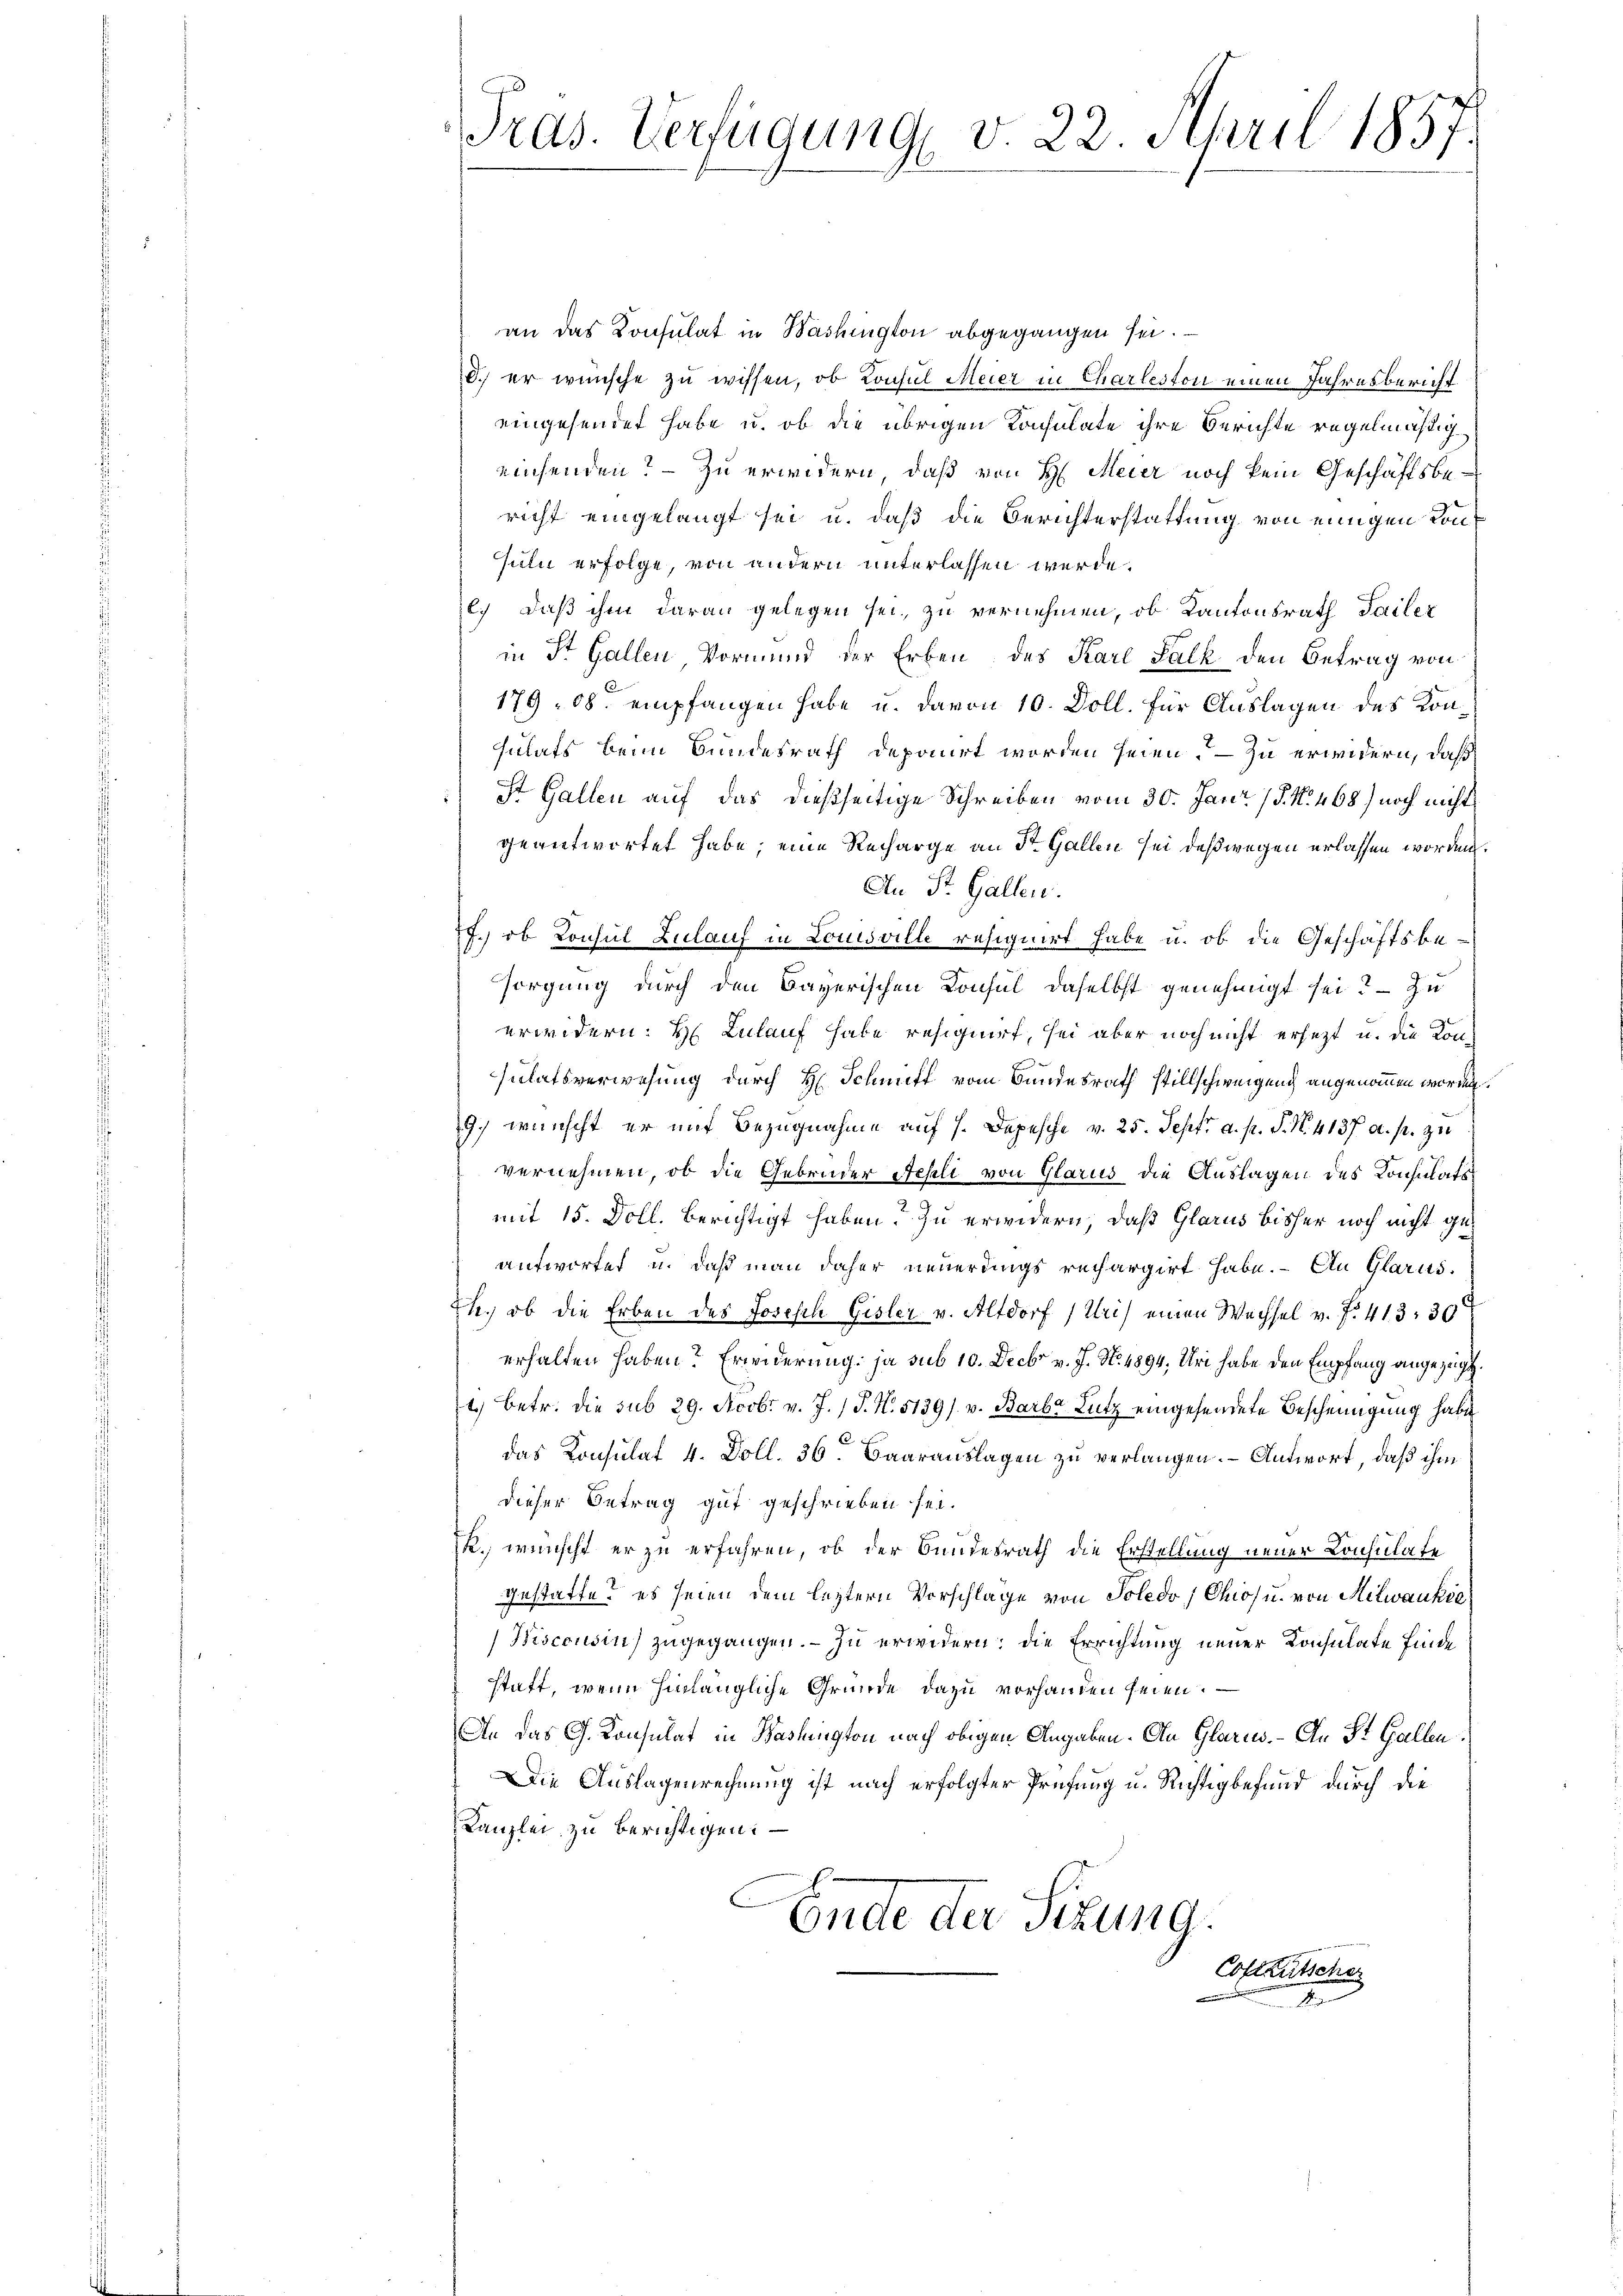
Pras. Verfügung v. 22. April 1857.

an das Konsulat in Washington abgegangen sei.
d. er wünsche zu wissen, ob Consul Meier in Charleston einen Jahresbericht
eingesendet habe u. ob die übrigen Konsulate ihre Berichte regelmäßigeinsenden? – Zu erwidern, daß von H. Meier noch kein Geschäftsbericht eingelangt sei u. daß die Berichterstattung von einigen Konsuln erfolge, von andern unterlassen werde.
e.) Daß ihm daran gelegen sei, zu vernehmen, ob Kantonsrath Sailer
in St. Gallen Vormund der Erben des Karl Falk den Betrag von
179. 08. empfangen habe u. davon 10. Doll. für Auslagen des Konsulats beim Bundesrath deponirt worden seien. — Zu erwidern, daß
St. Gallen auf das dießseitige Schreiben vom 30. Jan (§. N. 468) noch nicht
geantwortet habe; eine Recharge an St. Gallen sei deßwegen erlassen worden.
An St. Gallen.
77.) ob Konsul Zulauf in Louisville resignirt habe u. ob die Geschäftsbesorgung durch den Bayerischen Konsul daselbst genehmigt sei? – Zu
erwidern: H Zulauf habe resignirt, sei aber noch nicht ersetzt u. die Konsulatsverwesung durch H. Schnitt vom Bundesrath stillschweigung angenommen worden.
9) wünscht er mit Bezugnahme auf 1. Depesche v. 25. Sept. a. p. P. N. 4137 a. p. zu
vernehmen, ob die Gebrüder Fehli von Glarus die Auslagen des Konsulats
s
mit 15. Doll. Berichtigt haben. Zu erwidern, daß Glarus bisher noch nicht geantwortet u. daß man daher neuerdings rechargirt habe. - An Glarus.
the, ob die Erben des Joseph Gisler v. Altdorf (Uri) einen Wechsel v. f. 413. 30
erhalten haben? Erwiderung, ja sub 10. Decbr v. J. N. 4894. Uri habe den Empfang angezeigt
4.) Betr. die sub 29. Novbr. v. J. / P. N. 5139/ v. Barba Lutz eingehendete Bescheinigung habe
das Konsulat 4. Doll. 36. Baarauslagen zu verlangen. - Antwort, daß ihm
dieser Betrag gut geschrieben sei.
R., wünscht er zu erfahren, ob der Bundesrath die Erstellung neuer Consulate
Gestatte? es seien dem leztern Vorschlage von Soledo, Chios u. von Melwanke
Hisconsins zugegangen. — Zu erwidern: die Errichtung neuer Konsulate finde
statt, wenn hinlängliche Gründe dazu vorhanden seien.
An das G. Konsulat in Bashington nach obigen Angaben. An Glarus. – An St. Gallen
Die Auslagenrechnung ist nach erfolgter Prüfung u. Richtigbefund durch die
Kanzlei zu berichtigen. –
Ende der Sitzung.
Collations